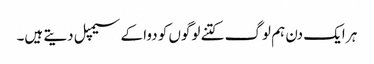
ہر ایک دن ہم لوگ کتنے لوگوں کو دوا کے سیمپل دیتے ہیں۔